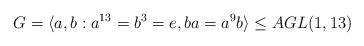
LaTeX: \begin{align*}G=\langle a,b: a^{13}=b^3=e, ba = a^9b\rangle\leq AGL(1,13)\end{align*}